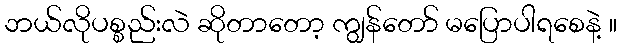
ဘယ်လိုပစ္စည်းလဲ ဆိုတာတော့ ကျွန်တော် မပြောပါရစေနဲ့ ။